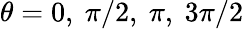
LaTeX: \theta=0,\ \pi/2,\ \pi,\ 3\pi/2